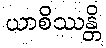
ယာစိဿန္တိ